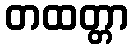
တထတ္တာ